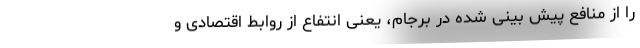
را از منافع پیش بینی شده در برجام، یعنی انتفاع از روابط اقتصادی و